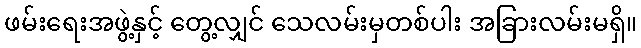
ဖမ်းရေးအဖွဲ့နှင့် တွေ့လျှင် သေလမ်းမှတစ်ပါး အခြားလမ်းမရှိ။